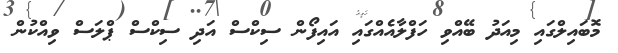
މޮބައިލްގައި މިއަދު ބޭއްވި ހަފްލާއެއްގައި އައިފޯން ސިކްސް އަދި ސިކްސް ޕްލަސް ވިއްކުން